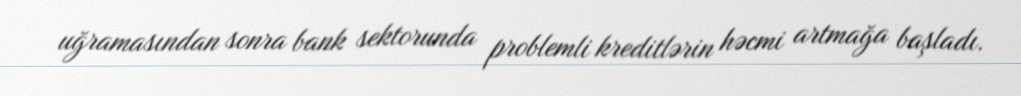
uğramasından sonra bank sektorunda problemli kreditlərin həcmi artmağa başladı.